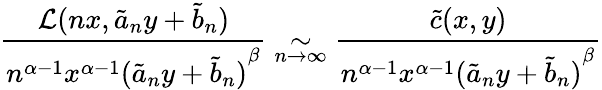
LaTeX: \displaystyle\frac{\mathcal{L}(nx,\tilde{a}_{n}y+\tilde{b}_{n})}{n^{\alpha-1}x^{\alpha-1}{(\tilde{a}_{n}y+\tilde{b}_{n})}^{\beta}}\underset{n\to\infty}{\sim}\frac{\tilde{c}(x,y)}{n^{\alpha-1}x^{\alpha-1}{(\tilde{a}_{n}y+\tilde{b}_{n})}^{\beta}}